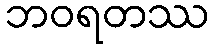
ဘဝရတဿ